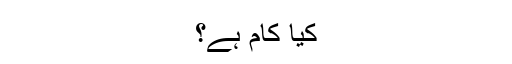
کیا کام ہے؟